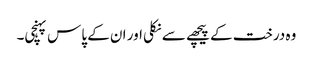
وہ درخت کے پیچھے سے نکلی اور ان کے پاس پہنچی۔